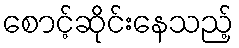
စောင့်ဆိုင်းနေသည့်